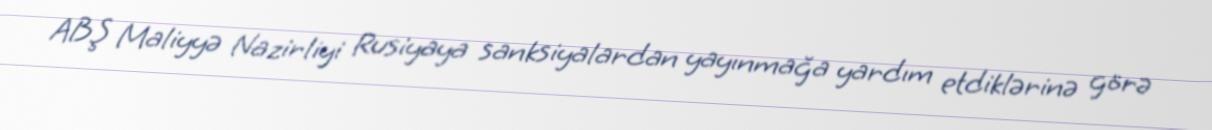
ABŞ Maliyyə Nazirliyi Rusiyaya sanksiyalardan yayınmağa yardım etdiklərinə görə